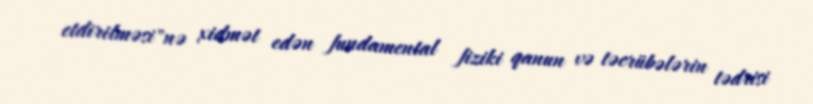
etdirilməsi"nə xidmət edən fundamental fiziki qanun və təcrübələrin tədrisi